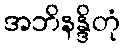
အဘိနန္ဒိတုံ